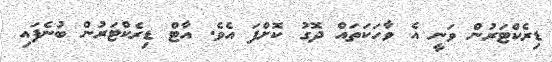
ޑިރެކްޓަރުން ވަނީ އެ ވާހަކަތައް ދޮގު ކޮށްފަ އެވެ. އާޓް ޑިރެކްޓަރުން ބުނެފައި